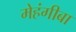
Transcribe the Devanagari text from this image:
मेहंगीबा